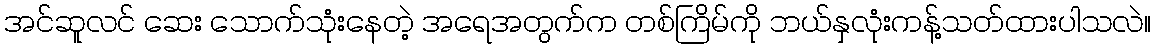
အင်ဆူလင် ဆေး သောက်သုံးနေတဲ့ အရေအတွက်က တစ်ကြိမ်ကို ဘယ်နှလုံးကန့်သတ်ထားပါသလဲ။